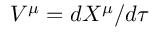
V ^ { \mu } = d X ^ { \mu } / d \tau